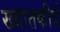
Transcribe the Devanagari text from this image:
ख्यातकीर्द